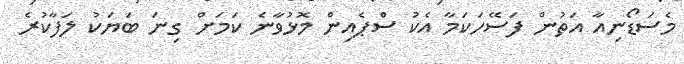
މެސަޑޯނިއާ އަތުން ފަސޭހަކަމާ އެކު ސްޕެއިން މޮޅުވާނެ ކަމަށް ގިނަ ބަޔަކު ލަފާކުރެ